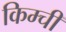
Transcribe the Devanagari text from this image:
किम्ची